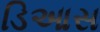
ડિઆસ